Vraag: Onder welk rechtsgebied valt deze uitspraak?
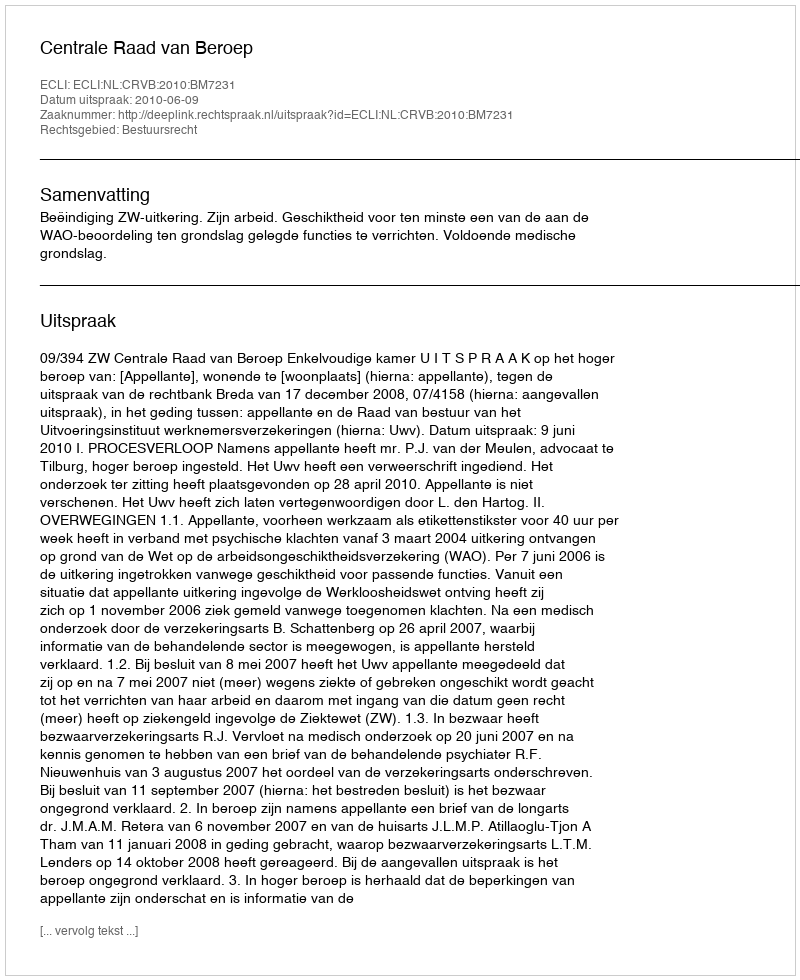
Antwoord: Bestuursrecht